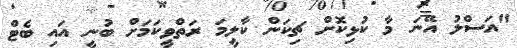
"އަސްލު އޭނަ މާ ކުޅިކޮށް ޗިކަން ކާލީމަ ރަތްވީކަމަށް ބުނީ އައި ބެޓް